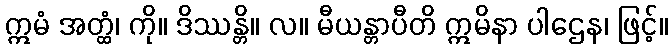
ဣမံ အတ္ထံ၊ ကို။ ဒိဿန္တိ။ လ။ မီယန္တာပီတိ ဣမိနာ ပါဌေန၊ ဖြင့်။